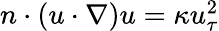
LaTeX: \begin{array}{r}{n\cdot(u\cdot\nabla)u=\kappa u_{\tau}^{2}}\end{array}